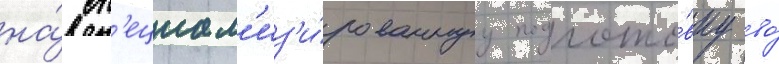
на́ сп'ециал'из'и́рованнуу подгото́вку во́